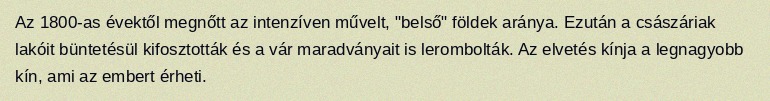
Az 1800-as évektől megnőtt az intenzíven művelt, "belső" földek aránya. Ezután a császáriak lakóit büntetésül kifosztották és a vár maradványait is lerombolták. Az elvetés kínja a legnagyobb kín, ami az embert érheti.